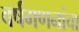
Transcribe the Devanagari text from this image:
वर्षगणनांचा